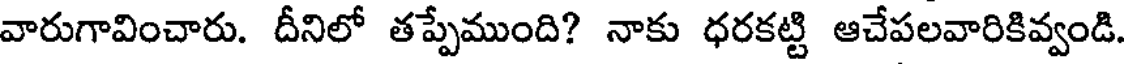
వారుగావించారు. దీనిలో తప్పేముంది? నాకు ధరకట్టి ఆచేపలవారికివ్వండి